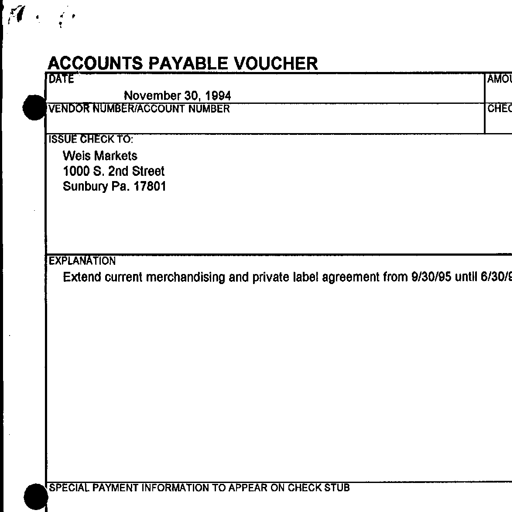
Transcript:
ACCOUNTS PAYABLE VOUCHER
DATE
November 30, 1994
VENDOR NUMBER/ACCOUNT NUMBER
ISSUE CHECK TO:
Weis Markets
1000 S. 2nd Street
Sunbury Pa. 17801
EXPLANATION
Extend current merchandising and private label agreement from 9/30/95 until 6/30/9
SPECIAL PAYMENT INFORMATION TO APPEAR ON CHECK STUB